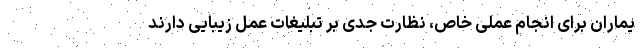
یماران برای انجام عملی خاص، نظارت جدی بر تبلیغات عمل زیبایی دارند